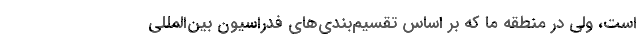
است، ولی در منطقه ما که بر اساس تقسیم‌بندی‌های فدراسیون بین‌المللی